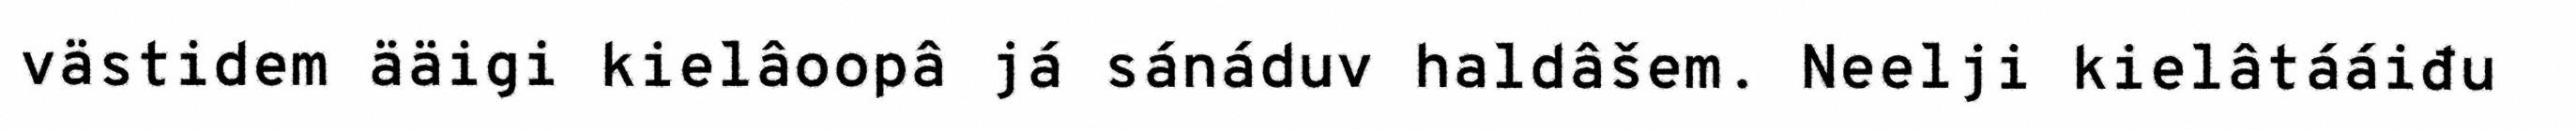
västidem ääigi kielâoopâ já sánáduv haldâšem. Neelji kielâtááiđu